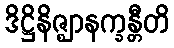
ဒိဋ္ဌိနိဇ္ဈာနက္ခန္တီတိ